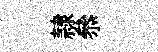
隷叅